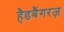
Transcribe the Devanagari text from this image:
हैडबैंगरज़